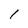
Character: l